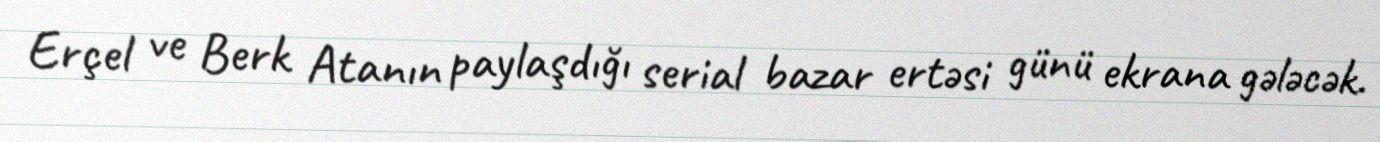
Erçel ve Berk Atanın paylaşdığı serial bazar ertəsi günü ekrana gələcək.